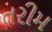
તરીમ